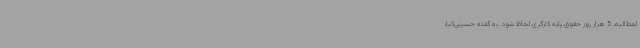
لمطالبه، 5 هزار روز حقوق پایه کارگری لحاظ شود. به گفته حسینی‌کیا،